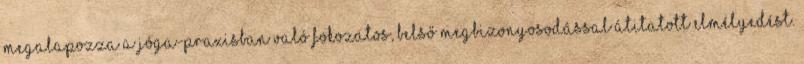
megalapozza a jóga-praxisban való fokozatos, belső megbizonyosodással átitatott elmélyedést.